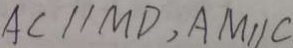
A C / / M D , A M / / C